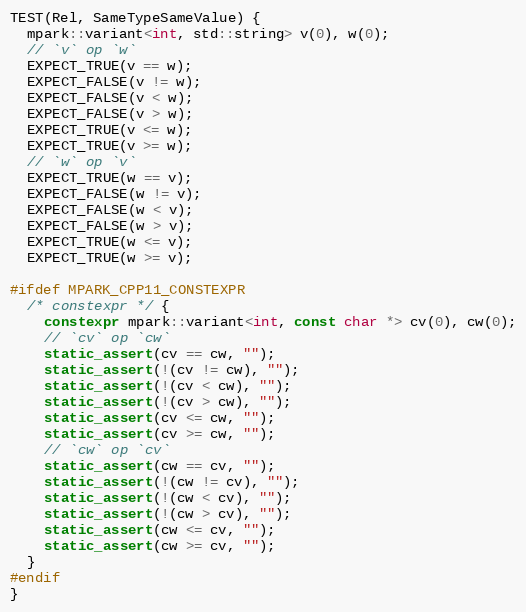
Language: C++
TEST(Rel, SameTypeSameValue) {
  mpark::variant<int, std::string> v(0), w(0);
  // `v` op `w`
  EXPECT_TRUE(v == w);
  EXPECT_FALSE(v != w);
  EXPECT_FALSE(v < w);
  EXPECT_FALSE(v > w);
  EXPECT_TRUE(v <= w);
  EXPECT_TRUE(v >= w);
  // `w` op `v`
  EXPECT_TRUE(w == v);
  EXPECT_FALSE(w != v);
  EXPECT_FALSE(w < v);
  EXPECT_FALSE(w > v);
  EXPECT_TRUE(w <= v);
  EXPECT_TRUE(w >= v);

#ifdef MPARK_CPP11_CONSTEXPR
  /* constexpr */ {
    constexpr mpark::variant<int, const char *> cv(0), cw(0);
    // `cv` op `cw`
    static_assert(cv == cw, "");
    static_assert(!(cv != cw), "");
    static_assert(!(cv < cw), "");
    static_assert(!(cv > cw), "");
    static_assert(cv <= cw, "");
    static_assert(cv >= cw, "");
    // `cw` op `cv`
    static_assert(cw == cv, "");
    static_assert(!(cw != cv), "");
    static_assert(!(cw < cv), "");
    static_assert(!(cw > cv), "");
    static_assert(cw <= cv, "");
    static_assert(cw >= cv, "");
  }
#endif
}